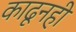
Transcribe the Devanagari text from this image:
काढूनही